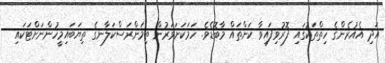
އަދި އެއުރެންގެ ހިތްތަކުގައި ފޮރުވިފައިވާ ކަންތައް މާބޮޑެވެ. ހަމަކަށަވަރުން ތިމަންރަސްކަލާނގެ ތިޔަބައިމީހުންނަށްޓަކައި